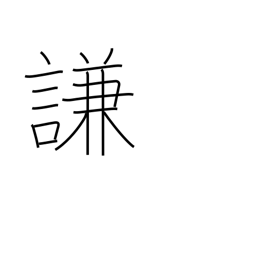
Meaning: condescend